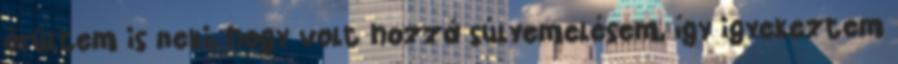
örültem is neki, hogy volt hozzá súlyemelésem, így igyekeztem